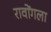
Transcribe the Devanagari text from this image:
रावोंगला